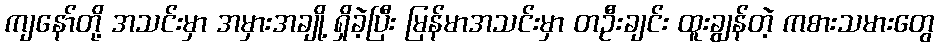
ကျနော်တို့ အသင်းမှာ အမှားအချို့ ရှိခဲ့ပြီး မြန်မာအသင်းမှာ တဦးချင်း ထူးချွန်တဲ့ ကစားသမားတွေ